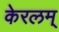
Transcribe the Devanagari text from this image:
केरलम्